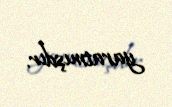
yaratmışdır.